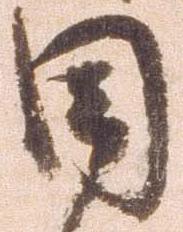
目